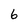
Character: 6